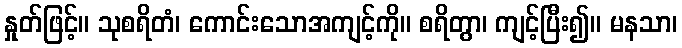
နှုတ်ဖြင့်။ သုစရိတံ၊ ကောင်းသောအကျင့်ကို။ စရိတွာ၊ ကျင့်ပြီး၍။ မနသာ၊